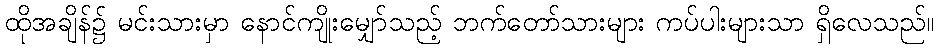
ထိုအချိန်၌ မင်းသားမှာ နောင်ကျိုးမျှော်သည့် ဘက်တော်သားများ ကပ်ပါးများသာ ရှိလေသည်။